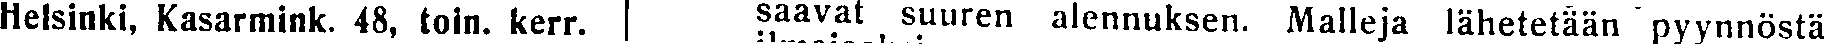
Helsinki, Kasarmink. 48, toin. kerr. saavat suuren alennuksen. Malleja lähetetään pyynnöstä